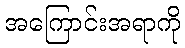
အကြောင်းအရာကို